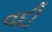
વદી